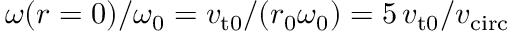
\omega ( r = 0 ) / \omega _ { 0 } = v _ { \mathrm { t 0 } } / ( r _ { 0 } \omega _ { 0 } ) = 5 \, v _ { \mathrm { t 0 } } / v _ { \mathrm { c i r c } }